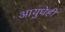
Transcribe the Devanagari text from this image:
आयुधेही